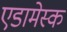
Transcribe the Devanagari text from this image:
एडामेस्क